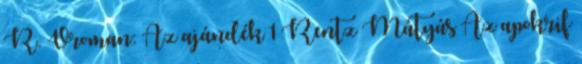
R. Vroman: Az ajándék 1 Rentz Mátyás Az apokrif